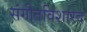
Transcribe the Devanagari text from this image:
संगीतविशारद